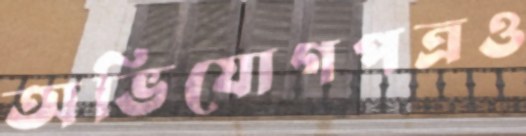
অভিযোগপত্রও